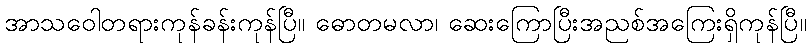
အာသဝေါတရားကုန်ခန်းကုန်ပြီ။ ဓောတမလာ၊ ဆေးကြောပြီးအညစ်အကြေးရှိကုန်ပြီ။